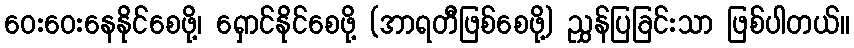
ဝေးဝေးနေနိုင်စေဖို့၊ ရှောင်နိုင်စေဖို့ (အာရတီဖြစ်စေဖို့) ညွှန်ပြခြင်းသာ ဖြစ်ပါတယ်။